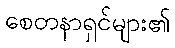
စေတနာရှင်များ၏